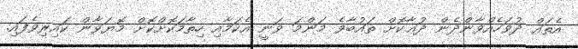
އެތައް ދުވަހެއްވާންދެން ދުޢާކޮށް ތައުބާވެ މަންމަ ވަނީ އެކަމާއި ހިތާމަކޮށްކޮށް މޮޔަވާން ކައިރިވެފައި.